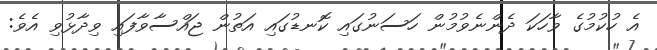
އެ ހުކުމުގެ ވާހަކަ ދެންނެވުމުން ހަސަނުގައި ކޮނޑުގައި އަތުން ޖައްސާވާފައި ވިދާޅުވި އެވެ: